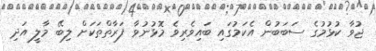
ޖުވާ ކުޅުމުގެ ސަބަބުން އެކަމުގައި ބައިވެރިވެ މޮޅުނުވާ ފަރާތްތަކަށް ލިބޭ މާލީ އަދި